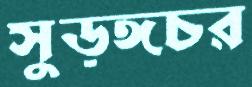
সুড়ঙ্গচর